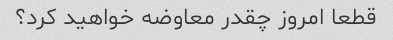
قطعا امروز چقدر معاوضه خواهید کرد؟